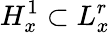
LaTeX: H_{x}^{1}\subset L_{x}^{r}